Annual report on the mental hospital in the Central Provinces and Berar (Nagpur) - 1927-1951
Year: 1927
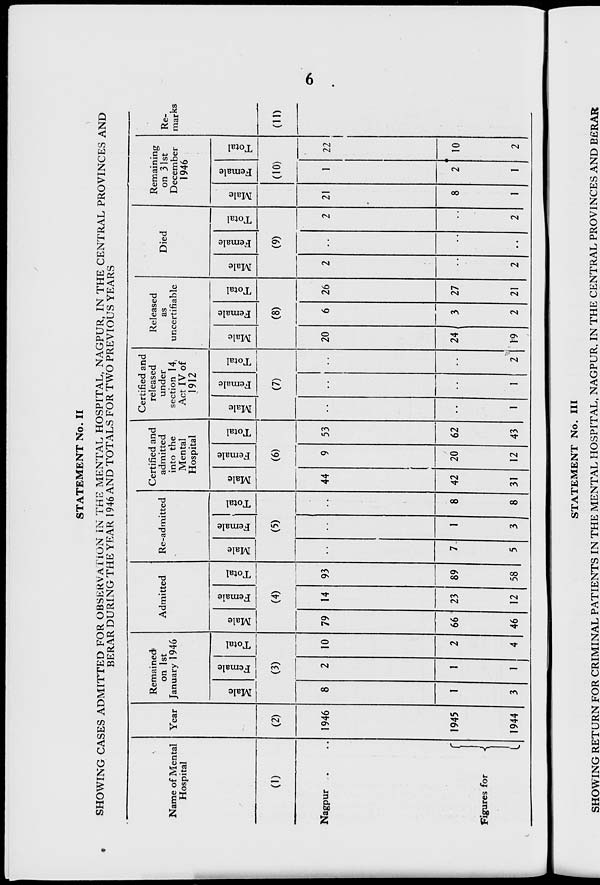
STATEMENT No. II
SHOWING CASES ADMITTED FOR OBSERVATION IN THE MENTAL HOSPITAL, NAGPUR, IN THE CENTRAL PROVINCES AND
BERAR DURING THE YEAR 1946 AND TOTALS FOR TWO PREVIOUS YEARS
Name of Mental
Hospital
Year
Remained
on 1st
January 1946
Admitted
Re-admitted
Certified and
admitted
into the
Mental
Hospital
Certified and
released
under
section 14,
Act IV of
1912
Released
as
uncertifiable
Died
Remaining
on 31st
December
1946
Re-
marks
JU
JU
p
s
to
*->
o
h
r22
S u
to
13
o
H
ju
13
2
ju
13
£ s
to
1 "oS
o
H
13
s
ju
'a
B
to
13
O
H
ju
"3
6
to
13
O
h
ju
13
JU
13
B
<U
to
o
JU
13
s
JU
13
B
9
to
13
o
a
"3
2
JU
B <u
to
(10)
*e3
o
H
22
10
2
(D
(2)
(3)
(4)
(5)
(6)
(7)
(8)
(9)
(ID
Nagpur .
1946
1945
1944
8
I
3
2
1
1
10
2
4
79
66
46
14
23
.2
93
89
58
7-
5
44
42
31
9
20
12
53
62
43
1
20
6
3
2
26
2
"
2 21
1
2
1
c
Figures for
-i
I
1
3 l
8
8
1
2
24
19
27
21
2
2
8
1
STATEMENT No. Ill
SHOWING RETURN FOR CRIMINAL PATIENTS IN THE MENTAL HOSPITAL, NAGPUR. IN THE CENTRAL PROVINCES AND BfiRAR